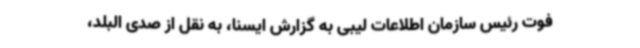
فوت رئیس سازمان اطلاعات لیبی به گزارش ایسنا، به نقل از صدی البلد،